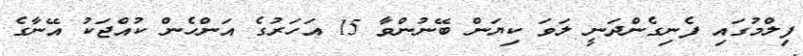
ފިލްމުގައި ފެނިގެންދަނީ ލަވަ ކިޔަން ބޭނުންވާ 15 އަހަރުގެ އަންހެން ކުއްޖަކު އޭނާގެ